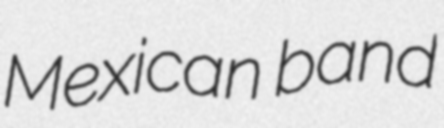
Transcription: Mexican band